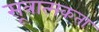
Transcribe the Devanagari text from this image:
सूत्रात्मकता